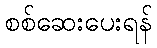
စစ်ဆေးပေးရန်